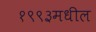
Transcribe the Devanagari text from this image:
१९९३मधील